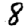
Digit: 8